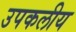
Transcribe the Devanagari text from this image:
उपकलीय